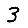
Digit: 3